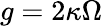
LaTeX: g=2\kappa\Omega